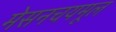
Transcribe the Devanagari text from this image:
मेसनचयमूल